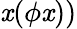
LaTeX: \mathit{x}(\phi\mathit{x}))